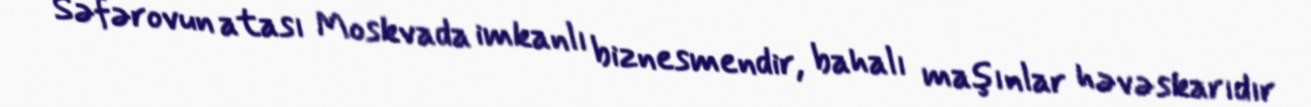
Səfərovun atası Moskvada imkanlı biznesmendir, bahalı maşınlar həvəskarıdır